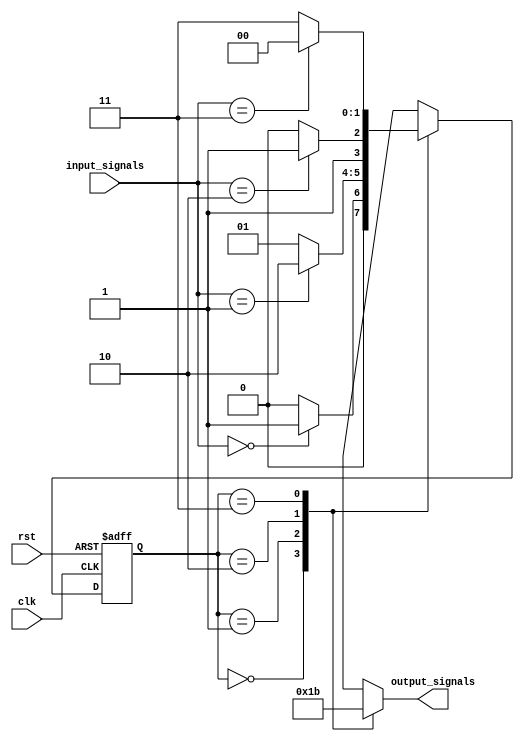
module state_machine (
    input clk,
    input rst,
    input [1:0] input_signals,
    output reg [1:0] output_signals
);

// State definitions
parameter STATE_A = 2'b00;
parameter STATE_B = 2'b01;
parameter STATE_C = 2'b10;
parameter STATE_D = 2'b11;

// State register
reg [1:0] state_reg, next_state_reg;
always @(posedge clk or posedge rst) begin
    if (rst) begin
        state_reg <= STATE_A;
    end else begin
        state_reg <= next_state_reg;
    end
end

// Next state logic
always @* begin
    case (state_reg)
        STATE_A: begin
            if (input_signals == 2'b00) begin
                next_state_reg = STATE_B;
            end else begin
                next_state_reg = STATE_A;
            end
        end
        STATE_B: begin
            if (input_signals == 2'b01) begin
                next_state_reg = STATE_C;
            end else begin
                next_state_reg = STATE_B;
            end
        end
        STATE_C: begin
            if (input_signals == 2'b10) begin
                next_state_reg = STATE_D;
            end else begin
                next_state_reg = STATE_C;
            end
        end
        STATE_D: begin
            if (input_signals == 2'b11) begin
                next_state_reg = STATE_A;
            end else begin
                next_state_reg = STATE_D;
            end
        end
    endcase
end

// Output logic
always @* begin
    case (state_reg)
        STATE_A: begin
            output_signals = 2'b00;
        end
        STATE_B: begin
            output_signals = 2'b01;
        end
        STATE_C: begin
            output_signals = 2'b10;
        end
        STATE_D: begin
            output_signals = 2'b11;
        end
    endcase
end

endmodule